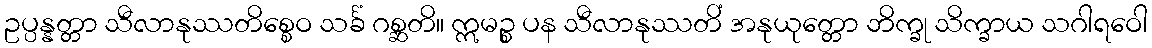
ဥပ္ပန္နတ္တာ သီလာနုဿတိစ္စေဝ သင်္ခံ ဂစ္ဆတိ။ ဣမဉ္စ ပန သီလာနုဿတိံ အနုယုတ္တော ဘိက္ခု သိက္ခာယ သဂါရဝေါ